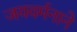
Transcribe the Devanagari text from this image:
जयवर्मनाने